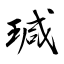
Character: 瑊